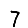
Digit: 7